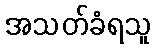
အသတ်ခံရသူ